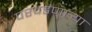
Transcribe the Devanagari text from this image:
परवडणार्‍या